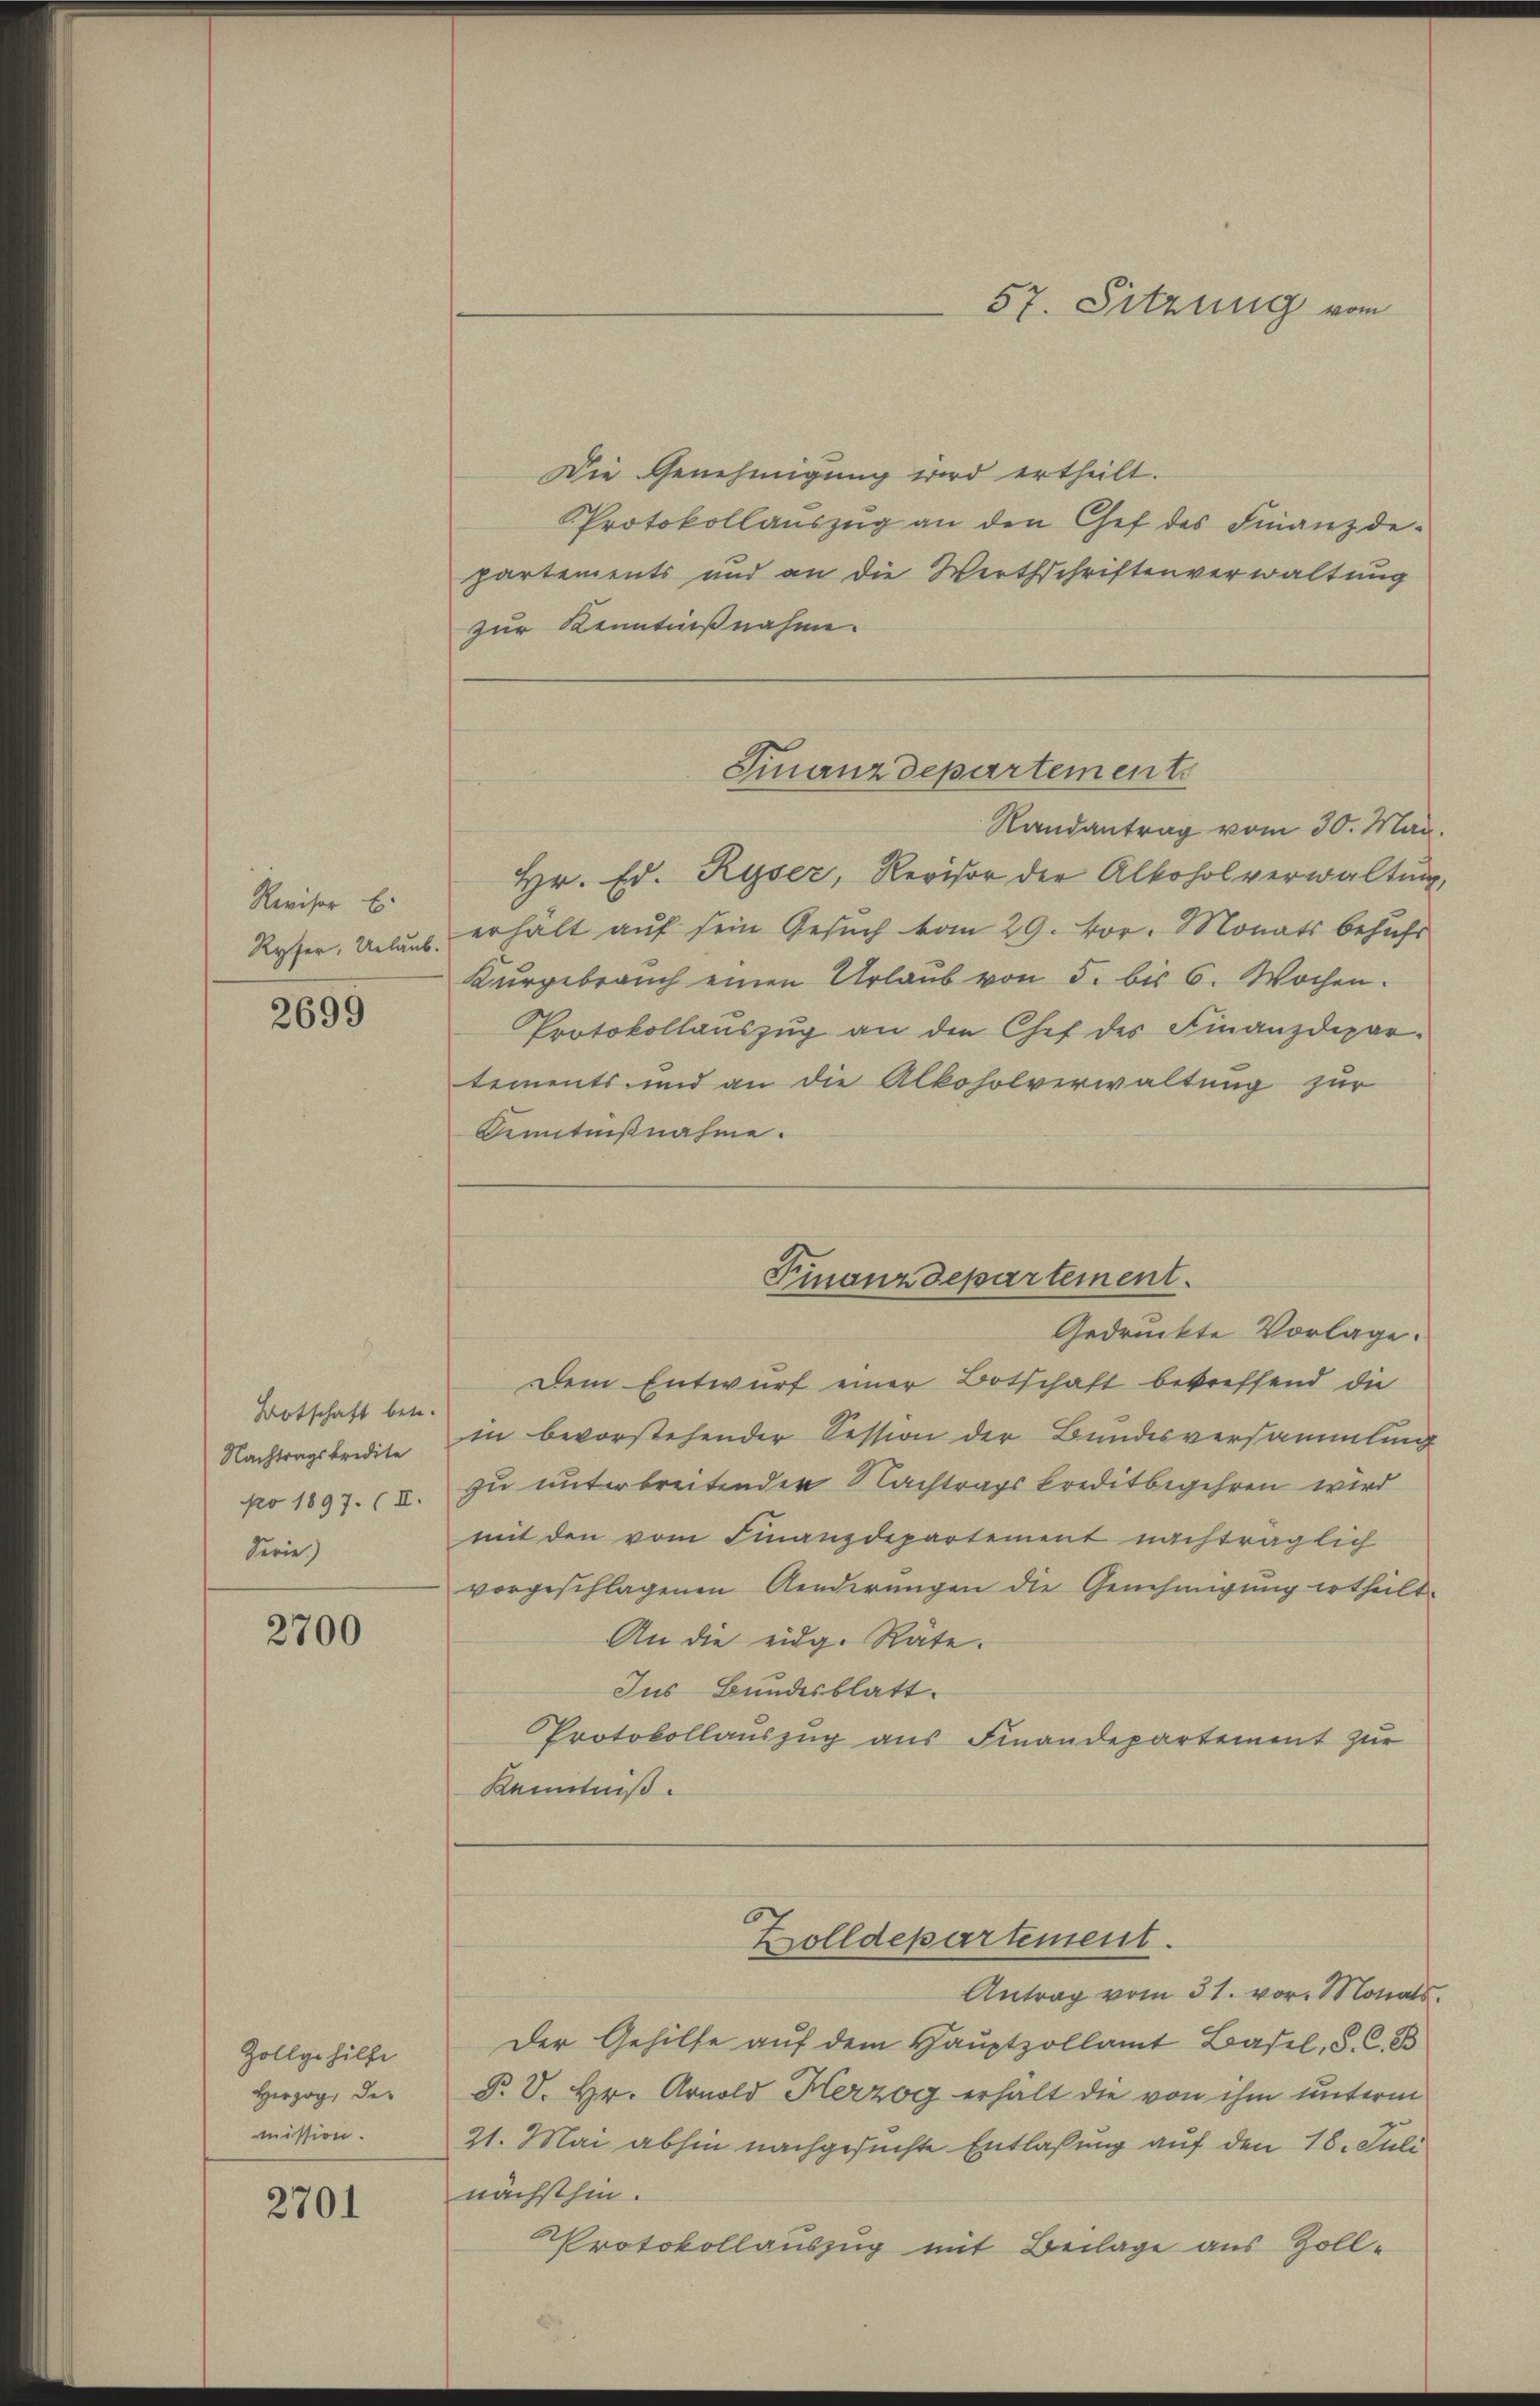
Revisor E

2699

Botschaft betr.
Nachtragskredite
pro 1897. (II.
Serie)

2700

Zollgehilfe
Herzog, der
mission.

2701

Die Genehmigung wird ertheilt.
Protokollauszug an den Chef des Finanzde-
partements und an die Werthschriftenverwaltung
zur Kenntnißnahme.
Randantrag vom 30. Mai.
Hr. Ed. Ryser, Revisor der Alkohol verwaltung,
Ryser, Urlaub, erhält auf sein Gesuch vom 29. vor. Monats behufs
Kurgebrauch einen Urlaub von 5. bis 6. Wochen.
Protokollauszug an den Chef des Finanzdepar-
tements und an die Alkoholverwaltung zur
Kenntnißnahme.

Gedruckte Vorlage.
Dem Entwurf einer Botschaft betreffend die
in bevorstehender Session der Bundesversammlung
zu unterbreitender Nachtragskreditbegehren wird
mit den vom Finanzdepartement nachträglich
vorgeschlagenen Aenderungen die Genehmigung ertheilt.
An die eidg. Räte.
Ins Bundesblatt.
Protokollauszug aus Finandepartement zur
Kenntniß.

Antrag vom 31. vor. Monats.
Der Gehilfe auf dem Hauptzollamt Basel, S. C. B
P. V. Hr. Arnold Herzog erhält die von ihm unterm
21. Mai abhin nachgesuchte Entlaßung auf den 18. Juli
nächsthin.
Protokollauszug mit Beilage aus Zoll-

57. Sitzung vom
—

Finanzdepartements

Finanzdepartement.

Zolldepartement.